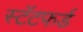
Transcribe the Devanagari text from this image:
स्टॅटफर्ड